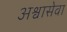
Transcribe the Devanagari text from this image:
अश्वासेवा